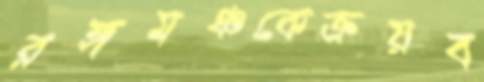
রঙ্গমঞ্চকেক্রয়ব